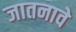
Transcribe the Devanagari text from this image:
जातनावे